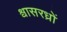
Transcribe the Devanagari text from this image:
श्वासरध्राें